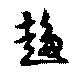
趍